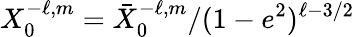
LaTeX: X_{0}^{-\ell,m}=\bar{X}_{0}^{-\ell,m}/(1-e^{2})^{\ell-3/2}